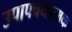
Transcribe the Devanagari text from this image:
उपापचयात्मक